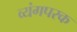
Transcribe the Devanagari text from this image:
व्यंगपरक